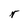
Character: r